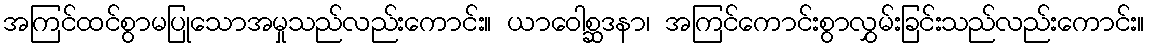
အကြင်ထင်စွာမပြုသောအမှုသည်လည်းကောင်း။ ယာဝေါစ္ဆဒနာ၊ အကြင်ကောင်းစွာလွှမ်းခြင်းသည်လည်းကောင်း။